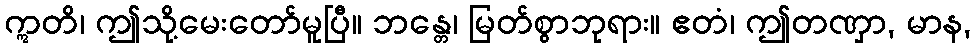
ဣတိ၊ ဤသို့မေးတော်မူပြီ။ ဘန္တေ၊ မြတ်စွာဘုရား။ ဧတံ၊ ဤတဏှာ, မာန,